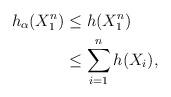
LaTeX: \begin{align*} h_{\alpha}(X_{1}^{n}) & \leq h(X_{1}^{n}) \\ & \leq \sum_{i=1}^{n} h(X_{i}), \end{align*}